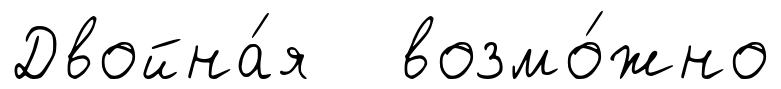
Двойна́я возмо́жно